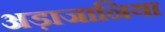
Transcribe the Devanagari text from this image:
अड़ाजानिया